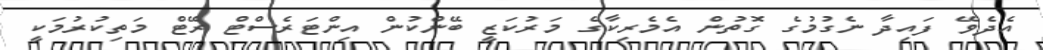
އެދެވޭ ފައިދާ ނެގުމުގެ ގޮތުން އެމެރިކާގެ މަރުކަޒީ ބޭންކުން އިންޓަރެސްޓް ރޭޓް މަތިކުރުމަކީ